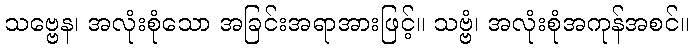
သဗ္ဗေန၊ အလုံးစုံသော အခြင်းအရာအားဖြင့်။ သဗ္ဗံ၊ အလုံးစုံအကုန်အစင်။